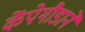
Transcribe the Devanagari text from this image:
केंपेगौडाने